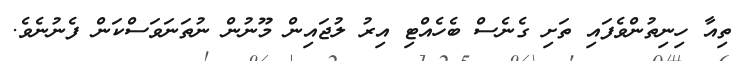
ތިއާ ހިނިތުންވެފައި ތަށި ގެނެސް ބެހެއްޓި އިރު ލުޖައިން މޫނުން ނުތަނަވަސްކަން ފެނުނެވެ.